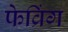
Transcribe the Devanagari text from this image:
फेव्रिंग